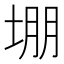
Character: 堋